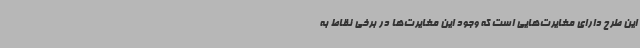
این طرح دارای مغایرت‌هایی است که وجود این مغایرت‌ها در برخی نقاط به